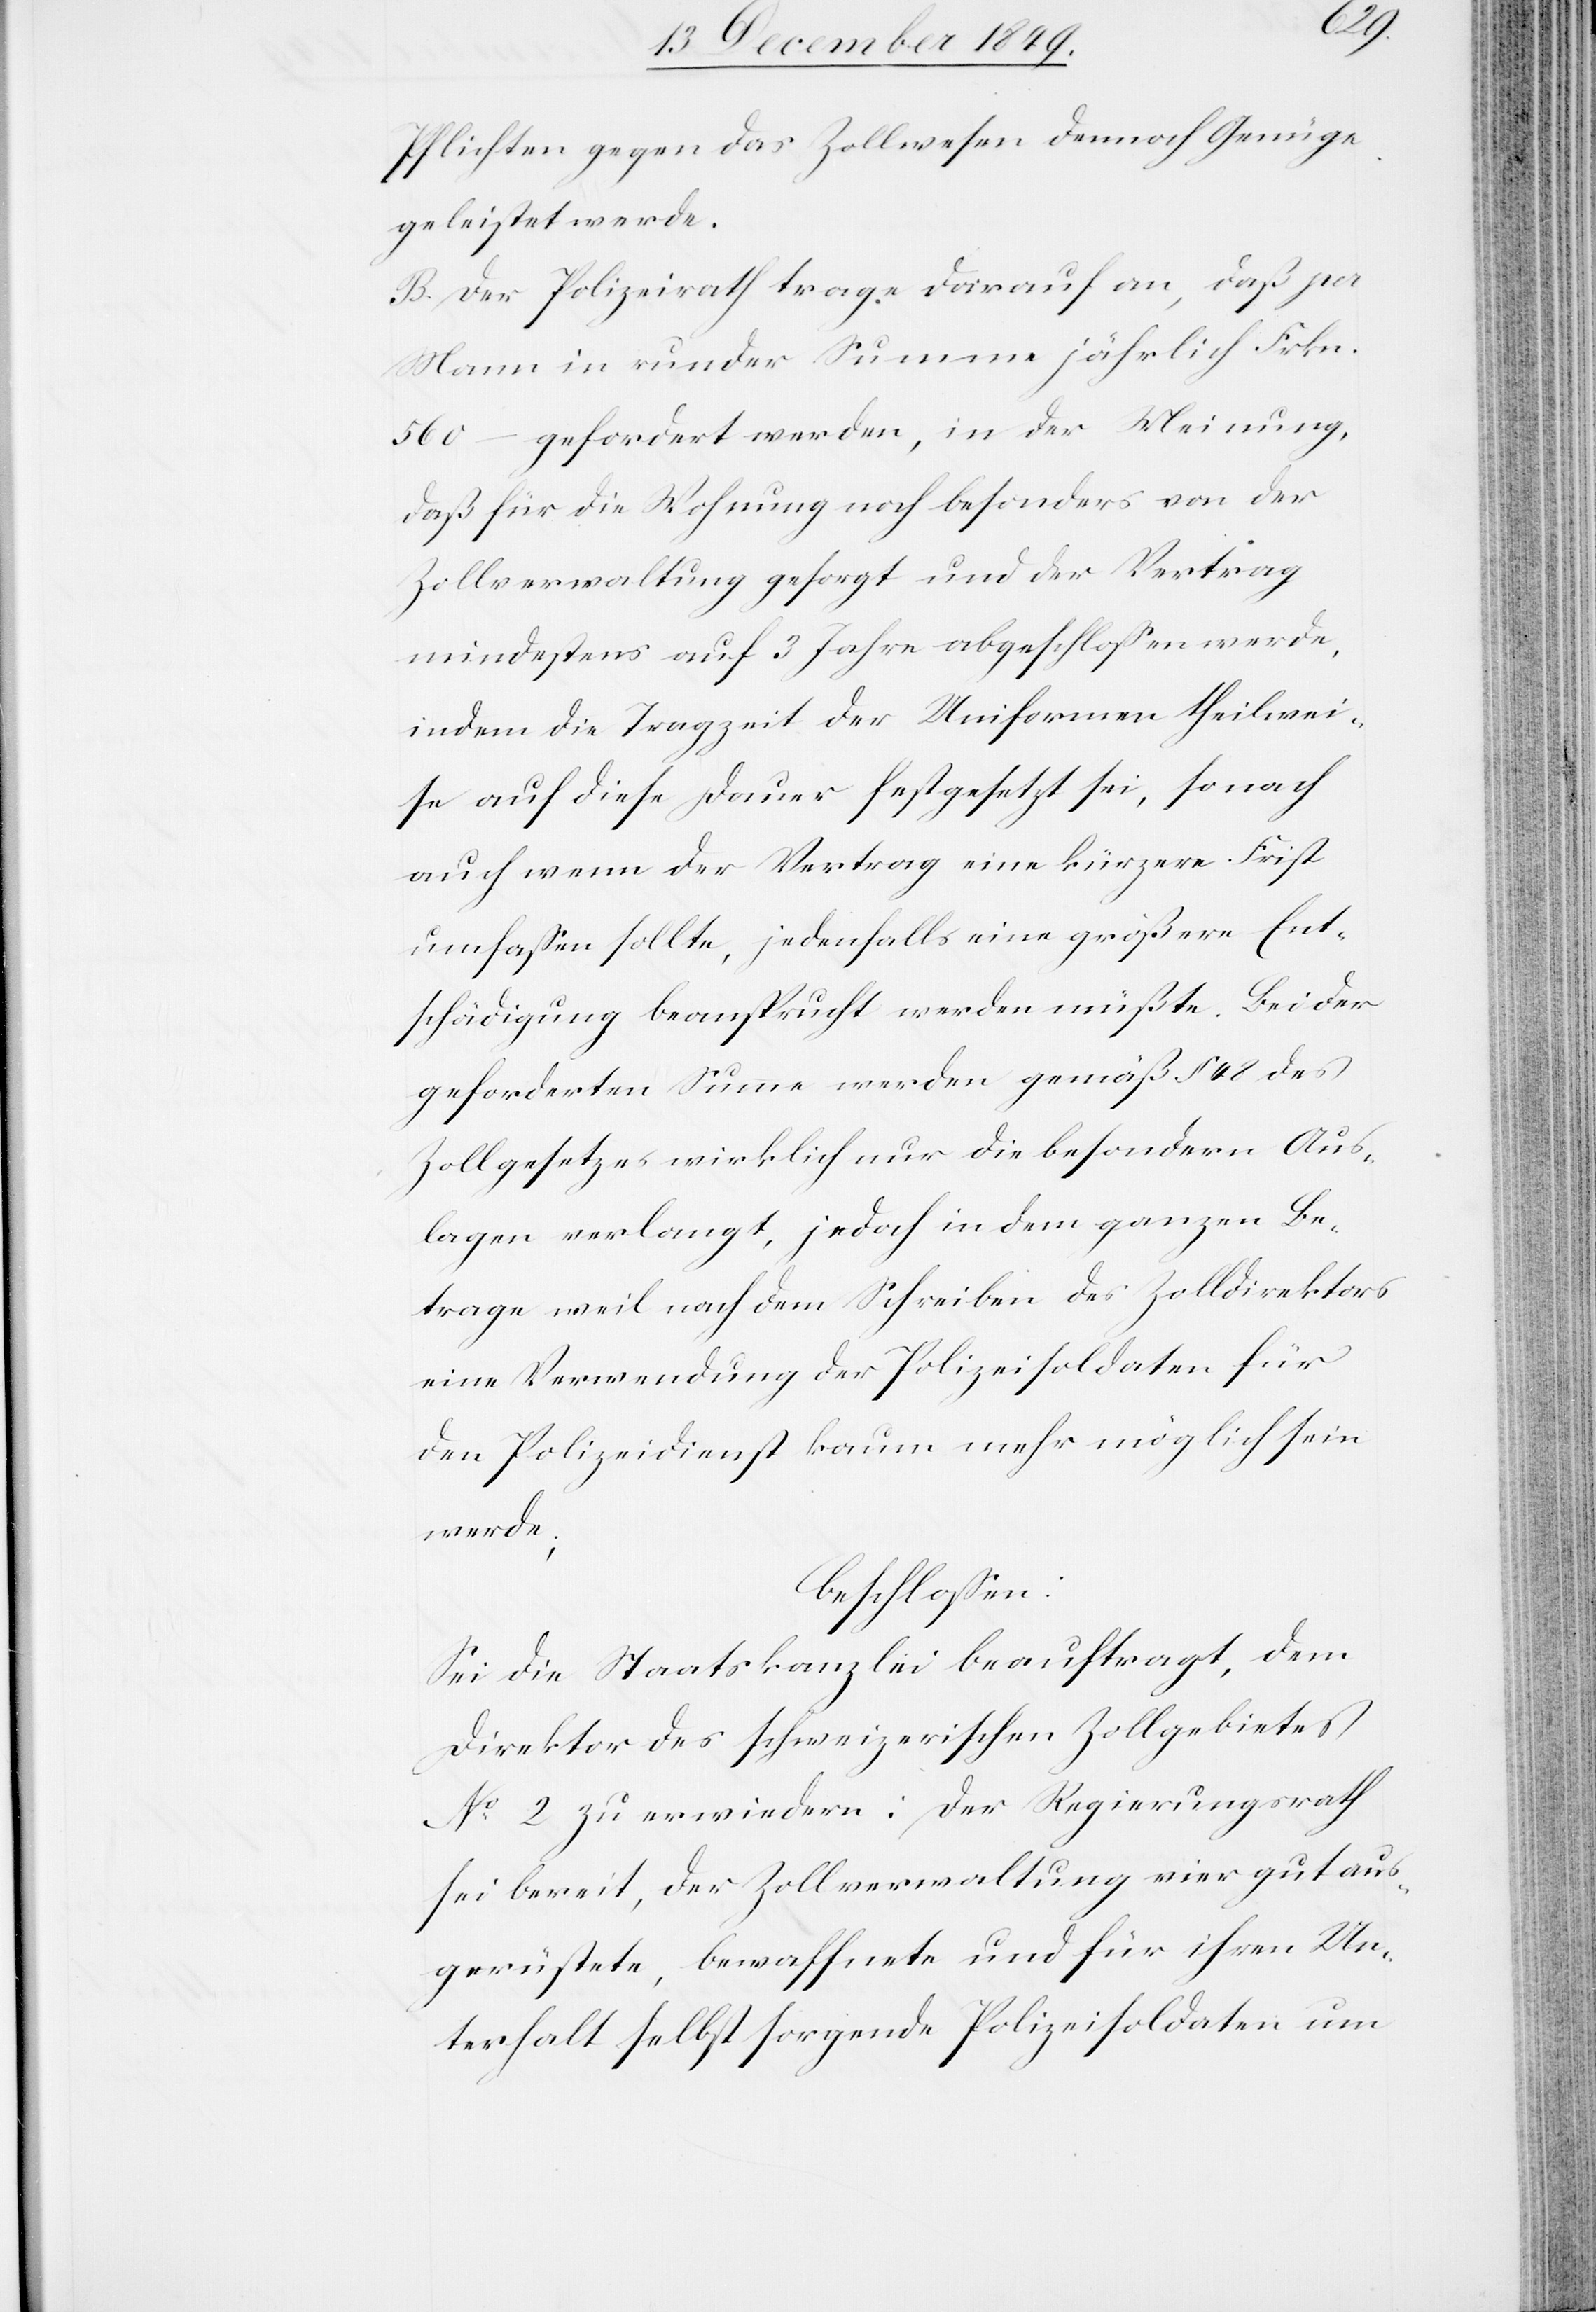
Pflichten gegen das Zollwesen demnach Genüge
geleistet werde.
B. Der Polizeirath trage darauf an, daß pro
Mann in runder Summe jährlich Frkn.
560 – gefordert werden, in der Meinung,
daß für die Wohnung noch besonders von der
Zollverwaltung gesorgt und der Vertrag
mindestens auf 3 Jahre abgeschloßen werde,
indem die Tragzeit der Uniformen theilwei¬
se auf diese Dauer festgesetzt sei, sonach
auch wenn der Vertrag eine kürzere Frist
umfaßen sollte, jedenfalls eine größere Ent¬
schädigung beansprucht werden müßte. Bei der
geforderten Summe werden gemäß § 48 des
Zollgesetzes wirklich nur die besondern Aus¬
lagen verlangt, jedoch in dem ganzen Be¬
trage weil nach dem Schreiben des Zolldirektors
eine Verwendung der Polizeisoldaten für
den Polizeidienst kaum mehr möglich sein
werde;
beschloßen:
Sei die Staatskanzlei beauftragt, dem
Direktor des schweizerischen Zollgebietes
N° 2 zu erwiedern: Der Regierungsrath
sei bereit, der Zollverwaltung vier gut aus¬
gerüstete, bewaffnete und für ihren Un¬
terhalt selbst sorgende Polizeisoldaten um